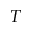
T